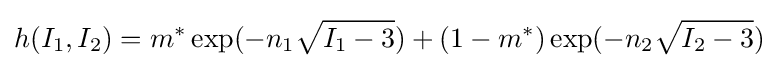
h(I_{1},I_{2})=m^{*}\exp(-n_{1}{\sqrt {I_{1}-3}})+(1-m^{*})\exp(-n_{2}{\sqrt {I_{2}-3}})